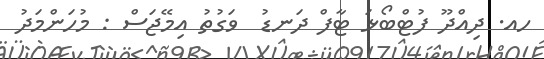
ހއ. ދިއްދޫ ފުޓްބޯޅަ ޓާފް ދަނޑު  ވަގުތު އިމޭޖަސް : މުހަންމަދު